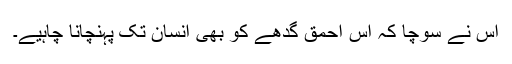
اس نے سوچا کہ اس احمق گدھے کو بھی انسان تک پہنچانا چاہیے۔